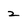
Character: 2